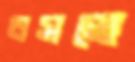
বসতে